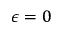
\epsilon = 0